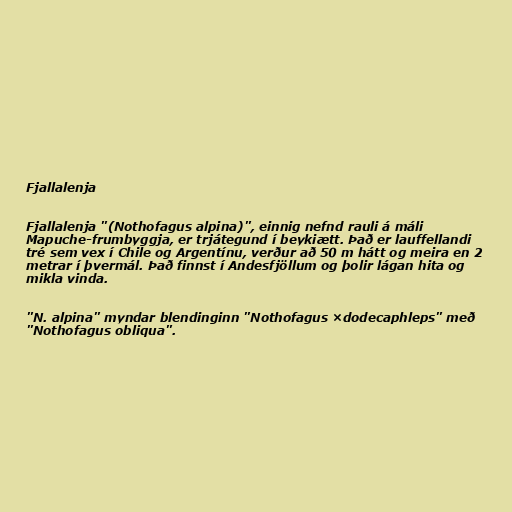
Fjallalenja

Fjallalenja "(Nothofagus alpina)", einnig nefnd rauli á máli
Mapuche-frumbyggja, er trjátegund í beykiætt. Það er lauffellandi
tré sem vex í Chile og Argentínu, verður að 50 m hátt og meira en 2
metrar í þvermál. Það finnst í Andesfjöllum og þolir lágan hita og
mikla vinda.

"N. alpina" myndar blendinginn "Nothofagus ×dodecaphleps" með
"Nothofagus obliqua".